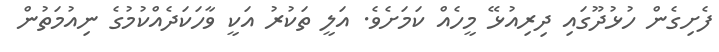
ފެށިގެން ހުޅުދޫގައި ދިރިއުޅޭ މީހެއް ކަމަށެވެ. އަލީ ތަކުރު އަކީ ވާހަކަދެއްކުމުގެ ނިއުމަތުން